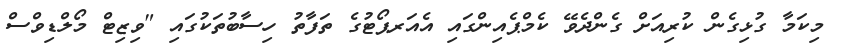
މިކަމާ ގުޅިގެން ކުރިއަށް ގެންދެވޭ ކެމްޕެއިންގައި އެއަރޕޯޓުގެ ތަފާތު ހިސާބުތަކުގައި "ވިޒިޓް މޯލްޑިވްސް